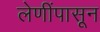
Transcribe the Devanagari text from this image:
लेणींपासून